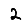
Digit: 2